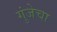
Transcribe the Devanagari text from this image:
गुंजेचा